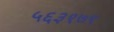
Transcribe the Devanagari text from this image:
५६३१७९